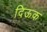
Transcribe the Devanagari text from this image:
दिऊक